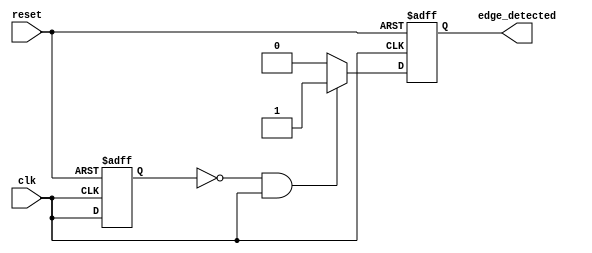
module rising_edge_detector (
    input wire clk,               // Input signal to be monitored
    input wire reset,             // Asynchronous reset
    output reg edge_detected      // Output signal indicating rising edge detected
);

    reg prev_state;               // Register to hold the previous state of the input signal

    // Asynchronous reset and edge detection logic
    always @(posedge clk or posedge reset) begin
        if (reset) begin
            prev_state <= 1'b0;    // Reset previous state to 0
            edge_detected <= 1'b0; // Reset edge detected output
        end else begin
            // Edge detection logic
            edge_detected <= (prev_state == 1'b0 && clk == 1'b1) ? 1'b1 : 1'b0;
            prev_state <= clk;      // Update previous state with current clk
        end
    end

endmodule